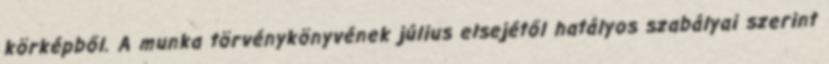
körképből. A munka törvénykönyvének július elsejétől hatályos szabályai szerint